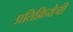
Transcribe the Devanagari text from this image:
प्रतिक्रियेची